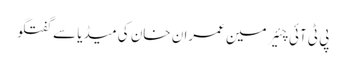
پی ٹی آئی چئیر مین عمران خان کی میڈیا سے گفتگو